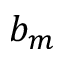
b _ { m }